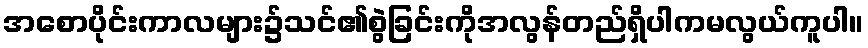
အစောပိုင်းကာလများ၌သင်၏စွဲခြင်းကိုအလွန်တည်ရှိပါကမလွယ်ကူပါ။